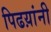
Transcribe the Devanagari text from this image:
पिढय़ांनी